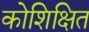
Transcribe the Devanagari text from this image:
कोशिक्षित